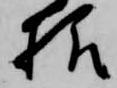
様